Civil Veterinary Department. Madras. Admin. report 1910-25 - 1910-1925
Year: 1910
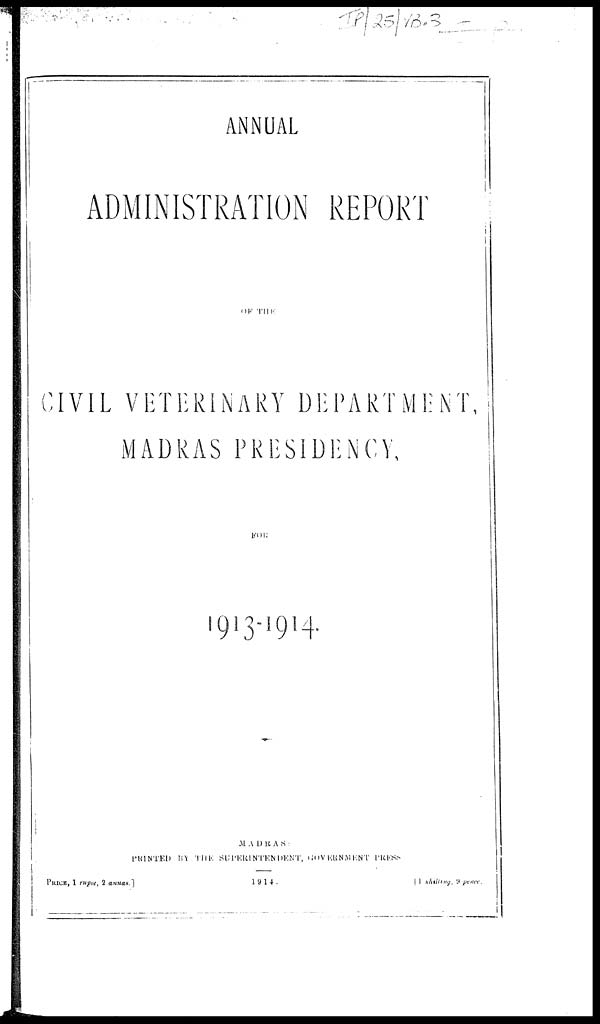
ANNUAL
ADMINISTRATION REPORT
OF
THE
CIVIL VETERINARY DEPARTMENT,
MADRAS PRESIDENCY,
FOR
1913-1914.
MADRAS :
PRINTED BY THE SUPERINTENDENT, GOVERNMENT PRESS
PRICE, 1 rupee, 2 annas.]
1914.
1 shilting, 9 pence.